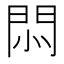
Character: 𢛩